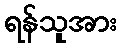
ရန်သူအား